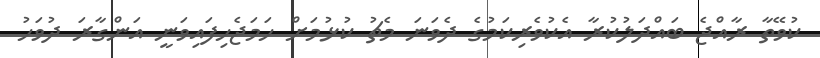
ކުވޭތާ ރާއްޖެ ބައްދަލުކުރާ އެކުވެރިކަމުގެ ދެވަނަ މެޗު ކުޅުމަށް ހަމަޖެހިފައިވަނީ އަންގާރަ ދުވަހު